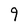
Character: 9